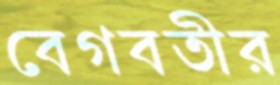
বেগবতীর